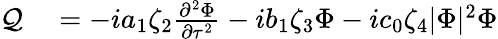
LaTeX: \begin{array}{rl}{\mathcal{Q}}&{{}=-ia_{1}\zeta_{2}\frac{\partial^{2}\Phi}{\partial\tau^{2}}-ib_{1}\zeta_{3}\Phi-ic_{0}\zeta_{4}|\Phi|^{2}\Phi}\end{array}